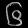
Digit: ၆